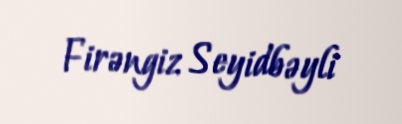
Firəngiz Seyidbəyli